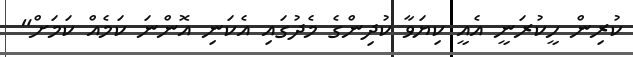
ކުރިން ހީކުރަނީ އެއީ ކިޔަވާ ކުދިންގެ މެދުގައި އެކަނި އޮންނަ ކަމެއް ކަމަށް"